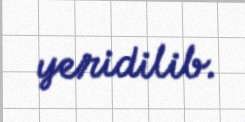
yeridilib.